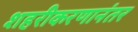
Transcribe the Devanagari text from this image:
शहरीकरणानंतर